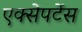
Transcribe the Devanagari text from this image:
एक्सेपटेंस